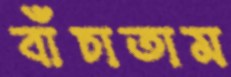
বাঁচাতাম